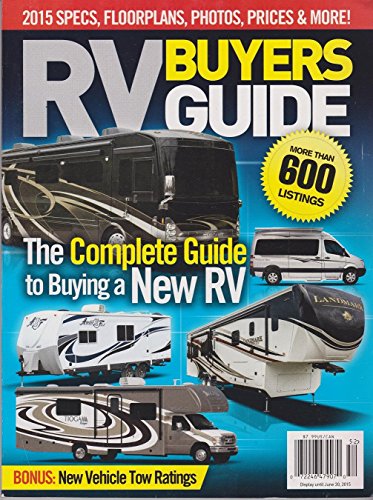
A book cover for RV Buyers Guide 2015: The Complete Guide To Buying A New RV: Specs, Floorplans, Photos, Prices & More!; Engineering & Transportation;